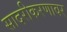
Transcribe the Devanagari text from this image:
सादरीकरणावर